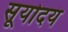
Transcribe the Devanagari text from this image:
सूर्योदयं